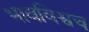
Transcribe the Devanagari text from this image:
भावविश्वच